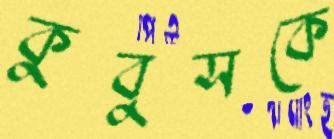
কুবুসকে